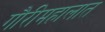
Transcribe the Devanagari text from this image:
गौरीमहालात